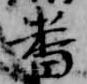
番